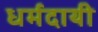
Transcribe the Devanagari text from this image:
धर्मदायी